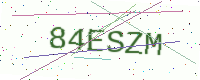
Text: 84ESZM